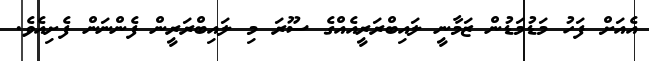
އެއަށް ފަހު މަޑުމަޑުން ޒަމާނީ ލައިބްރަރީއެއްގެ ސޫރަ މި ލައިބްރަރީން ފެންނަން ފެށިއެވެ.